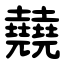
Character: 㚁